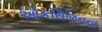
ઓકસિજનના